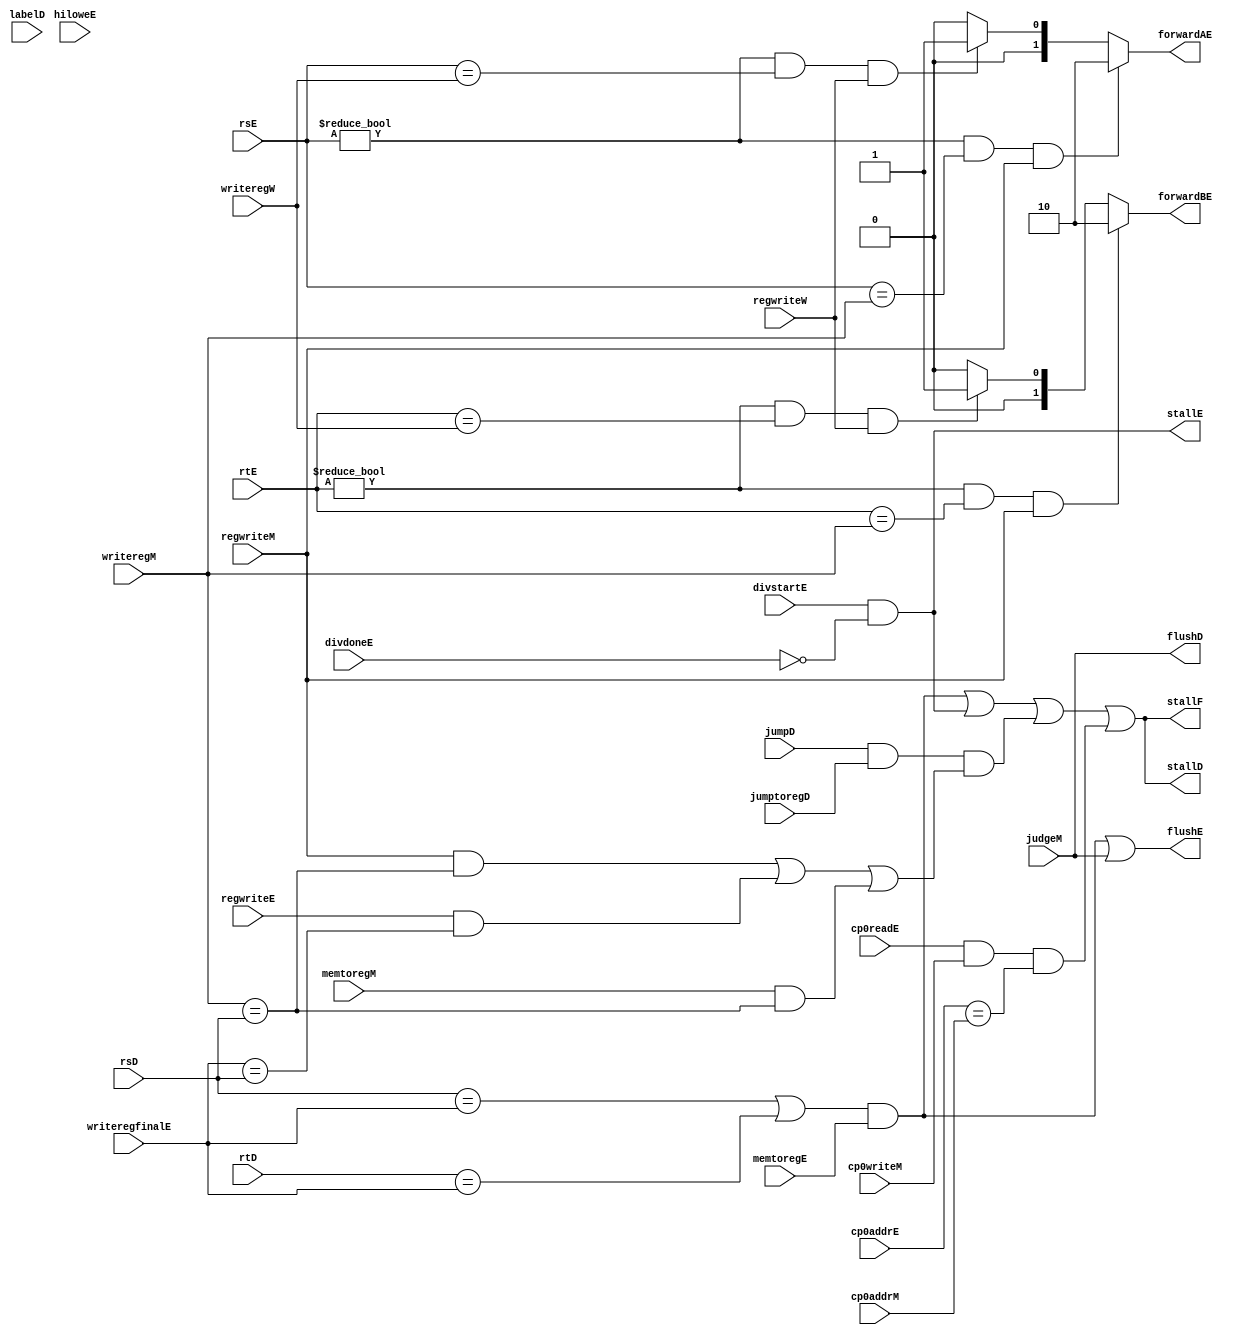
`timescale 1ns / 1ps
//////////////////////////////////////////////////////////////////////////////////
// Company: 
// Engineer: 
// 
// Design Name: 
// Module Name: hazard
// Project Name: 
// Target Devices: 
// Tool Versions: 
// Description: 
// 
// Dependencies: 
// 
// Revision:
// Revision 0.01 - File Created
// Additional Comments:
// 
//////////////////////////////////////////////////////////////////////////////////


module hazard(
    input wire[4:0] rsE,rtE,writeregM,writeregW,writeregfinalE,rsD,rtD,
    input wire regwriteM,regwriteW,memtoregE,memtoregM,regwriteE,judgeM,hiloweE,jumpD,jumptoregD,
    input wire[5:0] labelD,
    input wire divstartE,divdoneE,
    input wire cp0readE,cp0writeM,
    input wire [4:0] cp0addrE,cp0addrM,
    output wire[1:0] forwardAE,forwardBE,
    output wire stallF,stallD,stallE,flushD,flushE
    );

    assign forwardAE=((rsE!=5'b0)&&(rsE==writeregM)&&regwriteM)?2'b10:
                    ((rsE!=5'b0)&&(rsE==writeregW)&&regwriteW)?2'b01:2'b00;
    assign forwardBE=((rtE!=5'b0)&&(rtE==writeregM)&&regwriteM)?2'b10:
                    ((rtE!=5'b0)&&(rtE==writeregW)&&regwriteW)?2'b01:2'b00;
    
    wire lwstall;
    //wire hilostall;  //HILO
    wire divstall;  //
    wire jumpstall;  //
    wire cp0stall;  //cp0

    //assign branchstall=branchD&regwriteE&((writeregE==rsD)|(writeregE==rtD));
    assign lwstall=((rsD==writeregfinalE)|(rtD==writeregfinalE))&memtoregE;
    //assign hilostall=(labelD==6'b101001|labelD==6'b101010)&hiloweE;
    assign divstall=(divstartE==1'b1)&(divdoneE==1'b0);
    //D
    assign jumpstall=jumpD&jumptoregD&
    ((regwriteM&(writeregM==rsD))|(regwriteE&(writeregfinalE==rsD))|
    (memtoregM&(writeregM==rsD)));
    assign cp0stall=cp0readE&cp0writeM&(cp0addrE==cp0addrM);

    assign stallF=lwstall|divstall|jumpstall|cp0stall;
    assign stallD=lwstall|divstall|jumpstall|cp0stall;
    assign stallE=divstall;
    assign flushE=lwstall|judgeM;
    assign flushD=judgeM;
endmodule